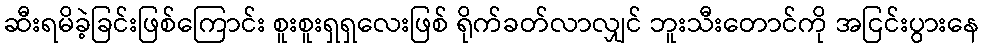
ဆီးရမိခဲ့ခြင်းဖြစ်ကြောင်း စူးစူးရှရှလေးဖြစ် ရိုက်ခတ်လာလျှင် ဘူးသီးတောင်ကို အငြင်းပွားနေ